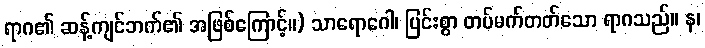
ရာဂ၏ ဆန့်ကျင်ဘက်၏ အဖြစ်ကြောင့်။) သာရောဂေါ၊ ပြင်းစွာ တပ်မက်တတ်သော ရာဂသည်။ န၊